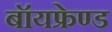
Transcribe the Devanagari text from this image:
बॉयफ्रेण्ड